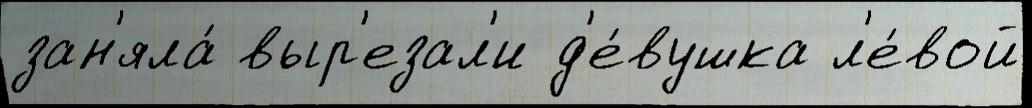
зан'яла́ выр'езал'и д'е́вушка л'е́вой